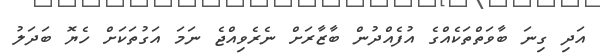
އަދި ގިނަ ބާވަތްތަކެއްގެ އުފެއްދުން ބާޒާރަށް ނެރެވިއްޖެ ނަމަ އަގުތަކަށް ހެޔޮ ބަދަލު